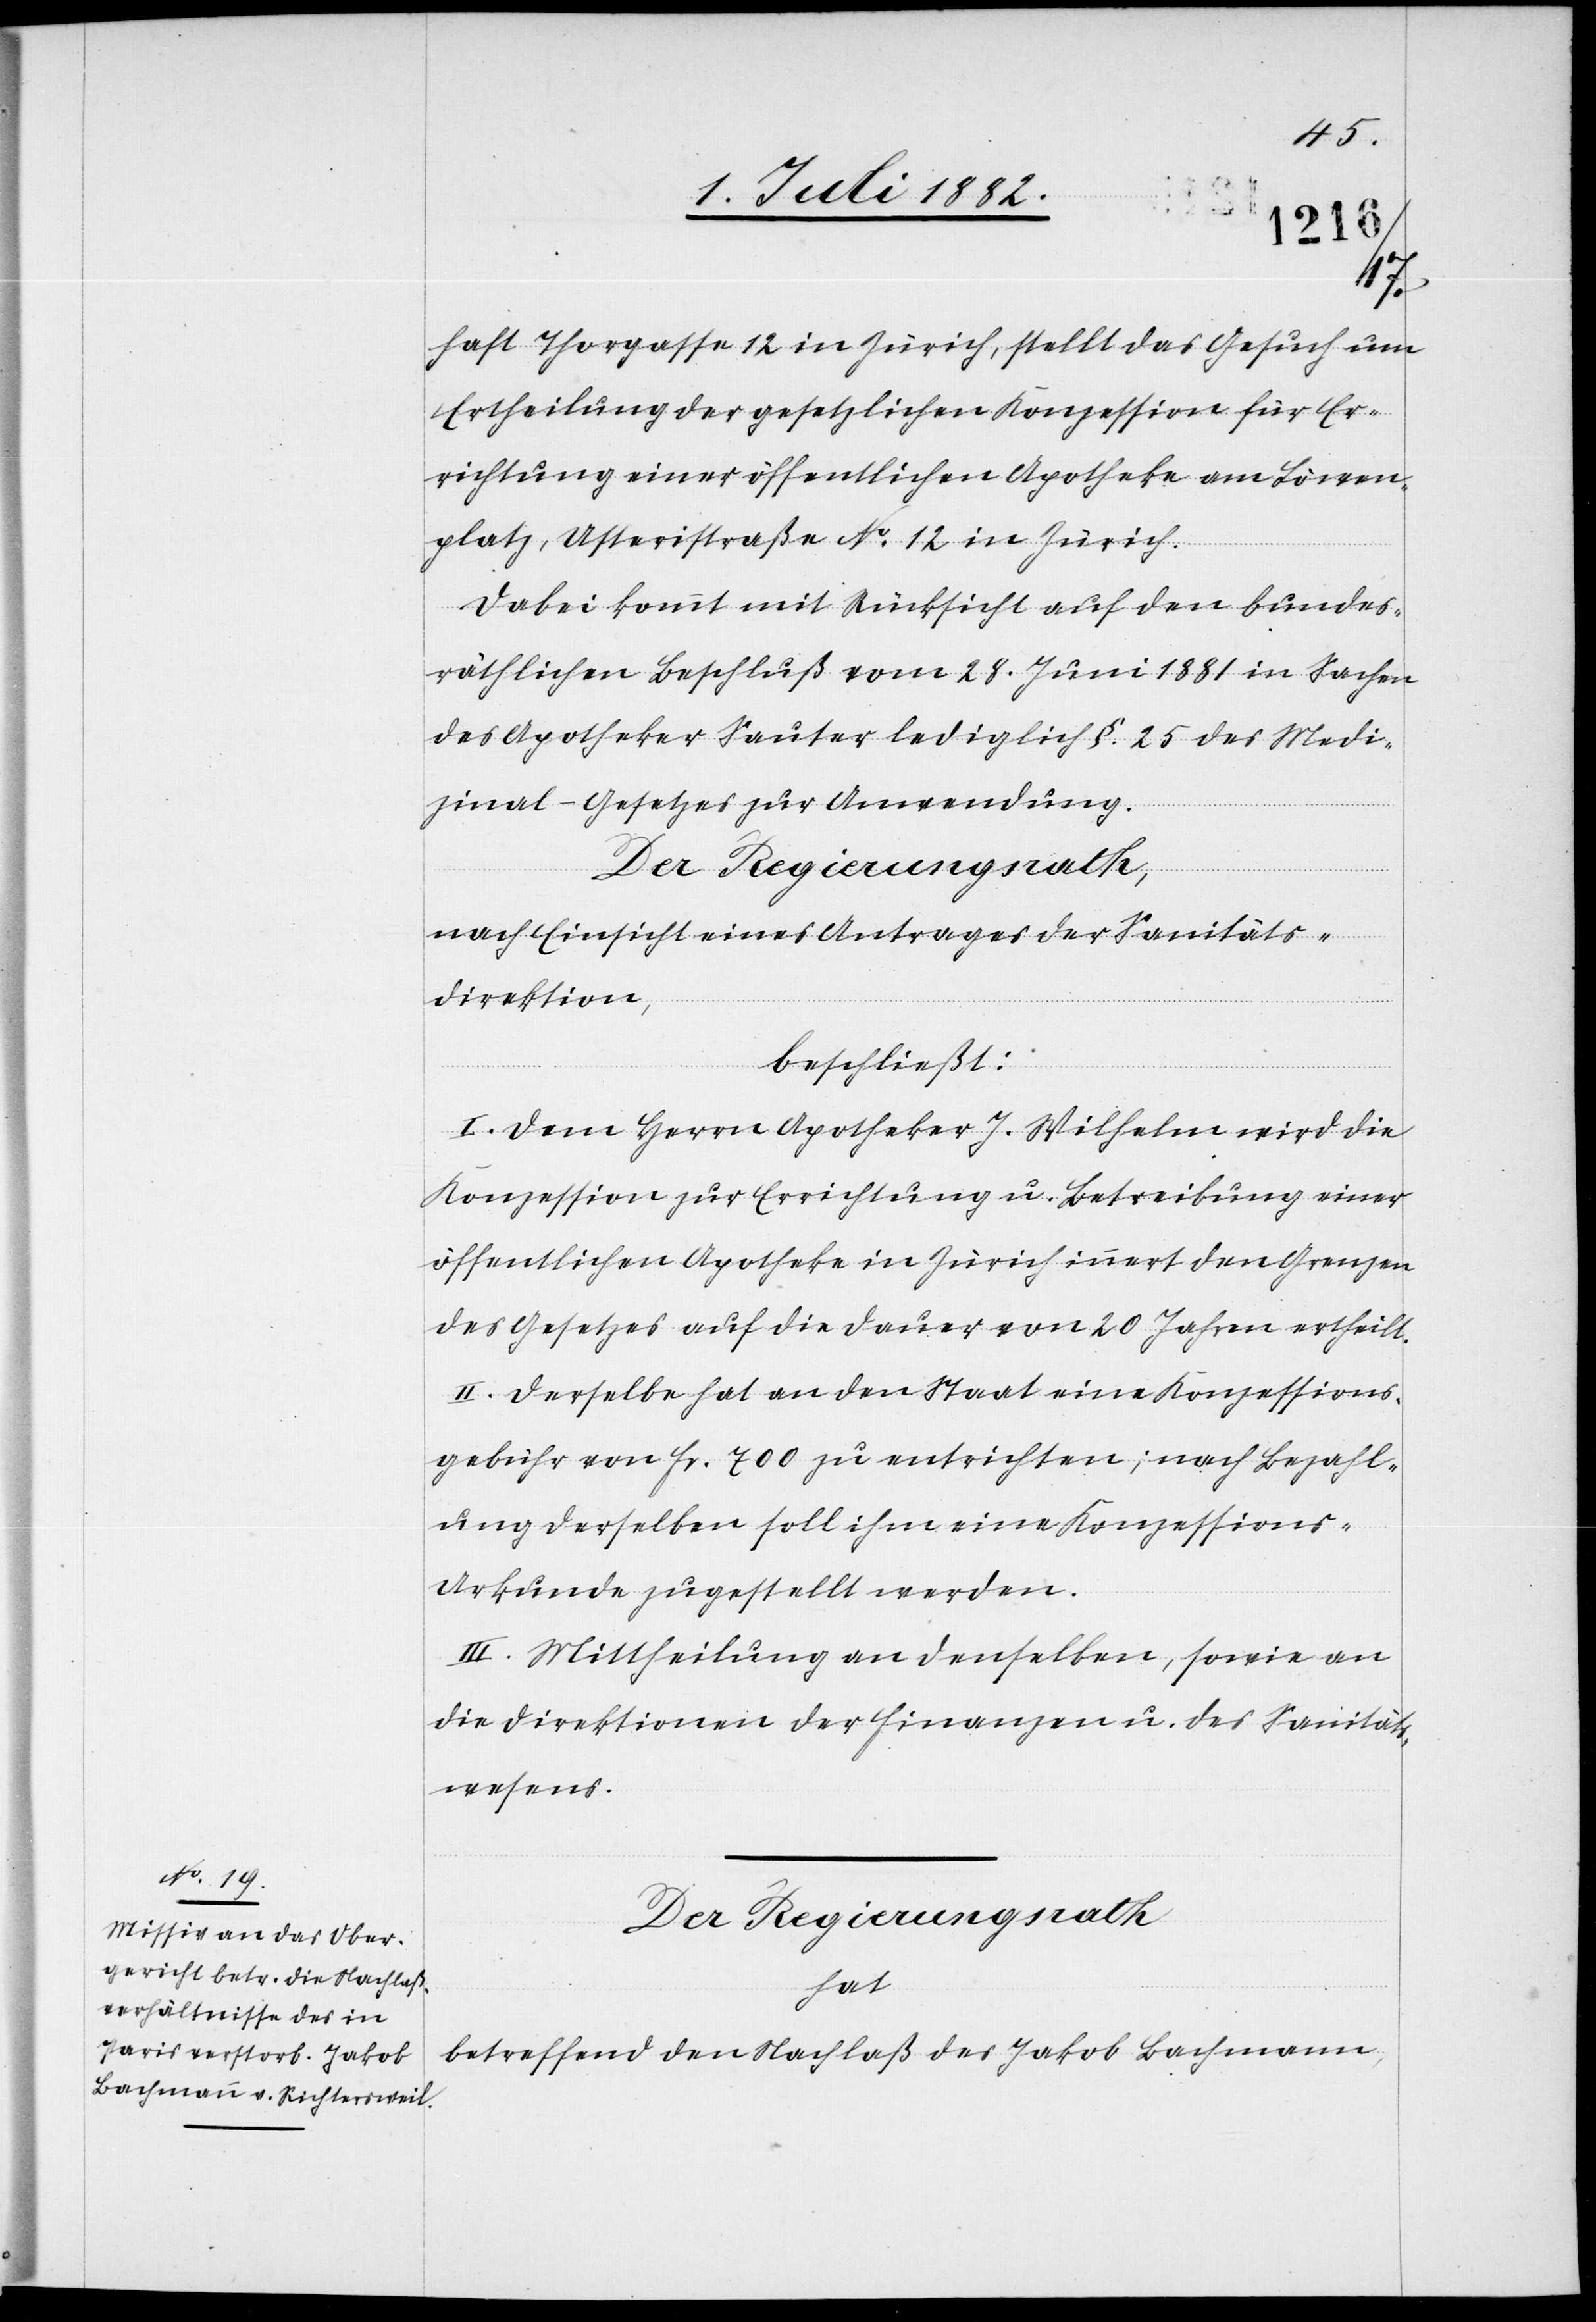
haft Thorgasse 12 in Zürich, stellt das Gesuch um
Ertheilung der gesetzlichen Konzession für Er¬
richtung einer öffentlichen Apotheke am Löwen¬
platz, Usteristraße No 12 in Zürich.
Dabei kommt mit Rücksicht auf den bundes¬
räthlichen Beschluß vom 28. Juni 1881 in Sachen
des Apotheker Sauter lediglich §. 25 des Medi¬
zinal-Gesetzes zur Anwendung.
nach Einsicht eines Antrages der Sanitäts¬
direktion,
beschließt:
I. Dem Herrn Apotheker J. Wilhelm wird die
Konzession zur Errichtung u. Betreibung einer
öffentlichen Apotheke in Zürich innert den Grenzen
des Gesetzes auf die Dauer von 20 Jahren ertheilt.
II. Derselbe hat an den Staat eine Konzessions¬
gebühr von Fr. 700 zu entrichten; nach Bezahl¬
ung derselben soll ihm eine Konzessions-U¬
rkunde zugestellt werden.
III. Mittheilung an denselben, sowie an
die Direktionen der Finanzen u. des Sanitäts¬
wesens.
Der Regierungsrath
hat
betreffend den Nachlaß des Jakob Bachmann,